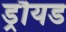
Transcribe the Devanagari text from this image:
ड्रौयड